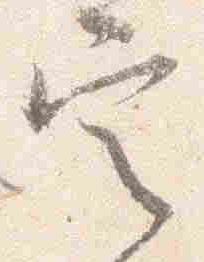
定